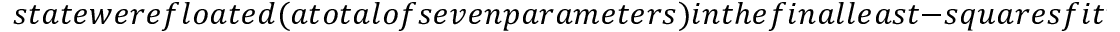
s t a t e w e r e f l o a t e d ( a t o t a l o f s e v e n p a r a m e t e r s ) i n t h e f i n a l l e a s t - s q u a r e s f i t t o t h e m e a s u r e d t r a n s i t i o n f r e q u e n c i e s . T h e s p i n - o r b i t p a r a m e t e r ,